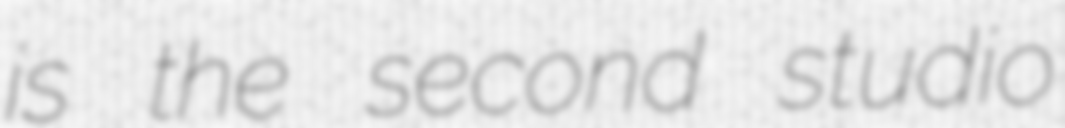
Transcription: is the second studio